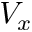
V _ { x }